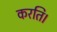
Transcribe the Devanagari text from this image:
करति।